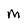
Character: M